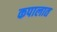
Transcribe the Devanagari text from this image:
कपालात